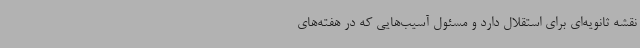
نقشه ثانویه‌ای برای استقلال دارد و مسئول آسیب‌هایی که در هفته‌های